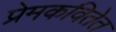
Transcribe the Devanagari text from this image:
प्रेमकवितेत